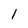
Character: l